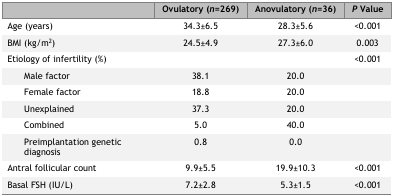
<table><thead><tr><td></td><td><b>Ovulatory (<i>n</i>=269)</b></td><td><b>Anovulatory (<i>n</i>=36)</b></td><td><b><i>P</i> Value</b></td></tr></thead><tbody><tr><td>Age (years)</td><td>34.3±6.5</td><td>28.3±5.6</td><td>&lt;0.001</td></tr><tr><td>BMI (kg/m<sup>2</sup>)</td><td>24.5±4.9</td><td>27.3±6.0</td><td>0.003</td></tr><tr><td>Etiology of infertility (%)</td><td></td><td></td><td>&lt;0.001</td></tr><tr><td> Male factor</td><td>38.1</td><td>20.0</td><td></td></tr><tr><td> Female factor</td><td>18.8</td><td>20.0</td><td></td></tr><tr><td> Unexplained</td><td>37.3</td><td>20.0</td><td></td></tr><tr><td> Combined</td><td>5.0</td><td>40.0</td><td></td></tr><tr><td> Preimplantation genetic diagnosis</td><td>0.8</td><td>0.0</td><td></td></tr><tr><td>Antral follicular count</td><td>9.9±5.5</td><td>19.9±10.3</td><td>&lt;0.001</td></tr><tr><td>Basal FSH (IU/L)</td><td>7.2±2.8</td><td>5.3±1.5</td><td>&lt;0.001</td></tr></tbody></table>